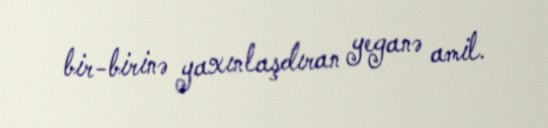
bir-birinə yaxınlaşdıran yeganə amil.